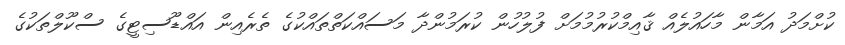
ކުށްމަދު އަމާން މާހައުލެއް ޤާއިމްކުރުމުމަށް ފުލުހުން ކުރަމުންދާ މަސައްކަތްތައްކުގެ ތެރެއިން އައްޑޫސިޓީގެ ސްކޫލްތަކުގެ